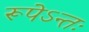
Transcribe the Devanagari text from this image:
रूपेऽन्तः